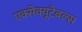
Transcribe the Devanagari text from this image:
एक्सेक्यूटेबल्स